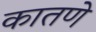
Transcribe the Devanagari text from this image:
कातणे